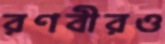
রণবীরও